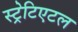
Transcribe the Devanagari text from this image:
स्ट्रेटिएटल